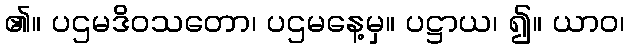
၏။ ပဌမဒိဝသတော၊ ပဌမနေ့မှ။ ပဋ္ဌာယ၊ ၍။ ယာဝ၊